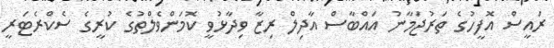
ރައީސް އޮފީހުގެ ތަރުޖަމާނު އައްބާސް އާދިލް ރިޒާ ވިދާޅުވީ ކޮމަންވެލްތުގެ ކުރީގެ ސެކްރެޓަރީ